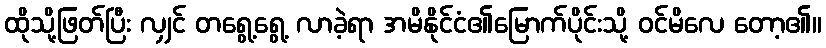
ထိုသို့ဖြတ်ပြီး လျှင် တရွေ့ရွေ့ လာခဲ့ရာ အမိနိုင်ငံ၏မြောက်ပိုင်းသို့ ဝင်မိလေ တော့၏။